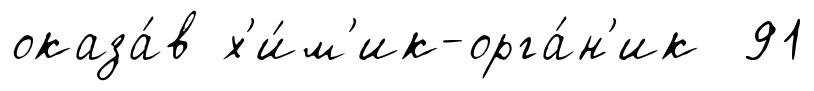
оказа́в х'и́м'ик-орга́н'ик 91